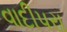
વાદીપરા